Report of the Imperial Institute of Veterinary Research, Muktesar
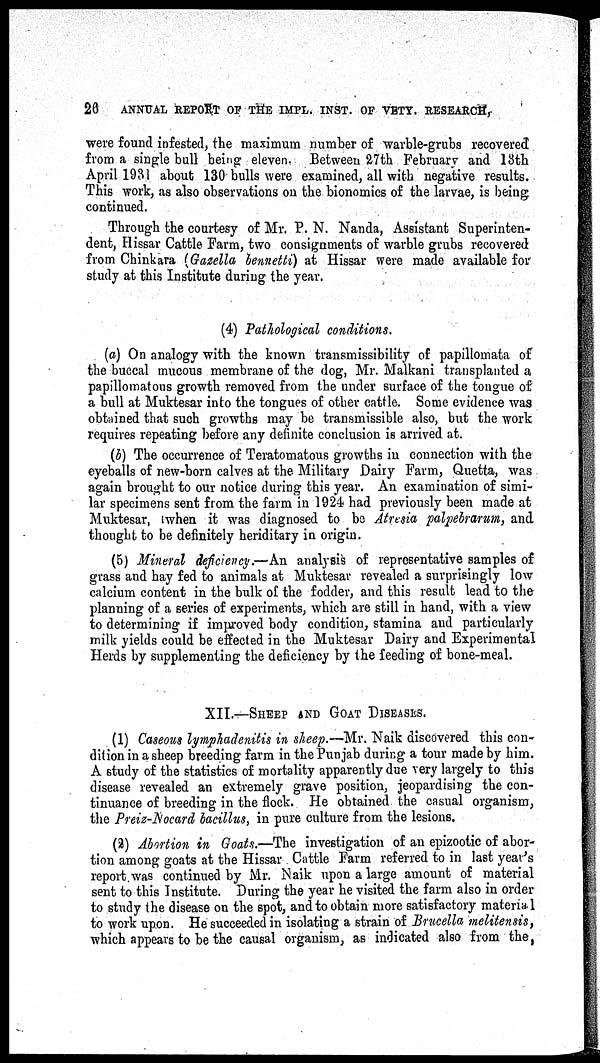
26
ANNUAL REPORT OF THE IMPL. INST. OF VETY. RESEARCH,
were found infested, the maximum number of warble-grubs recovered
from a single bull being eleven. Between 27th February and 13th
April 1931 about 130 bulls were examined, all with negative results.
This work, as also observations on the bionomics of the larvae, is being
continued.
Through the courtesy of Mr. P. N. Nanda, Assistant Superinten-
dent, Hissar Cattle Farm, two consignments of warble grubs recovered
from Chinkara (Gazella bennetti) at Hissar were made available for
study at this Institute during the year.
(4) Pathological conditions.
(a) On analogy with the known transmissibility of papillomata of
the buccal mucous membrane of the dog, Mr. Malkani transplanted a
papillomatous growth removed from the under surface of the tongue of
a bull at Muktesar into the tongues of other cattle. Some evidence was
obtained that such growths may be transmissible also, but the work
requires repeating before any definite conclusion is arrived at.
(b) The occurrence of Teratomatous growths in connection with the
eyeballs of new-born calves at the Military Dairy Farm, Quetta, was
again brought to our notice during this year. An examination of simi-
lar specimens sent from the farm in 1924 had previously been made at
Muktesar, when it was diagnosed to be Atresia palpebrarum, and
thought to be definitely heriditary in origin.
(5) Mineral deficiency.—An analysis of representative samples of
grass and hay fed to animals at Muktesar revealed a surprisingly low
calcium content in the bulk of the fodder, and this result lead to the
planning of a series of experiments, which are still in hand, with a view
to determining if improved body condition, stamina and particularly
milk yields could be effected in the Muktesar Dairy and Experimental
Herds by supplementing the deficiency by the feeding of bone-meal.
XII.—SHEEP AND GOAT DISEASES.
(1) Caseous lymphadenitis in sheep.—Mr. Naik discovered this con-
dition in a sheep breeding farm in the Punjab during a tour made by him.
A study of the statistics of mortality apparently due very largely to this
disease revealed an extremely grave position, jeopardising the con-
tinuance of breeding in the flock. He obtained the casual organism,
the Preiz-Nocard bacillus, in pure culture from the lesions.
(2) Abortion in Goats.—The investigation of an epizootic of abor-
tion among goats at the Hissar Cattle Farm referred to in last year's
report was continued by Mr. Naik upon a large amount of material
sent to this Institute. During the year he visited the farm also in order
to study the disease on the spot, and to obtain more satisfactory materia1
to work upon. He succeeded in isolating a strain of Brucella melitensis,
which appears to be the causal organism, as indicated also from the,